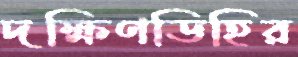
দক্ষিণডিহির